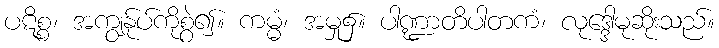
ပဋိစ္စ၊ အကျွန်ုပ်ကိုစွဲ၍။ ကမ္မံ၊ အမှု၌။ ပါဏ္ဍာတိပါတကံ၊ လုဒ္ဒေါမုဆိုးသည်။